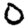
Digit: 0